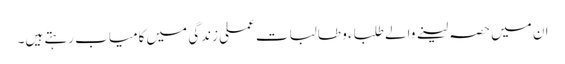
ان میں حصہ لینے والے طلباء و طالبات عملی زندگی میں کامیاب رہتے ہیں۔